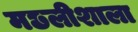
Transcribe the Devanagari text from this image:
मछलीशाला